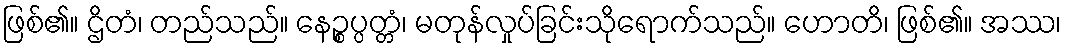
ဖြစ်၏။ ဌိတံ၊ တည်သည်။ နေဉ္စပ္ပတ္တံ၊ မတုန်လှုပ်ခြင်းသိုရောက်သည်။ ဟောတိ၊ ဖြစ်၏။ အဿ၊